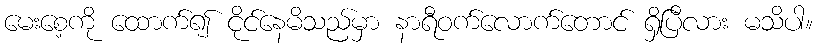
မေးစေ့ကို ထောက်၍ ငိုင်နေမိသည်မှာ နာရီဝက်လောက်တောင် ရှိပြီလား မသိပါ။